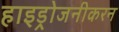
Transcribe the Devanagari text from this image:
हाइड्रोजनीकरन